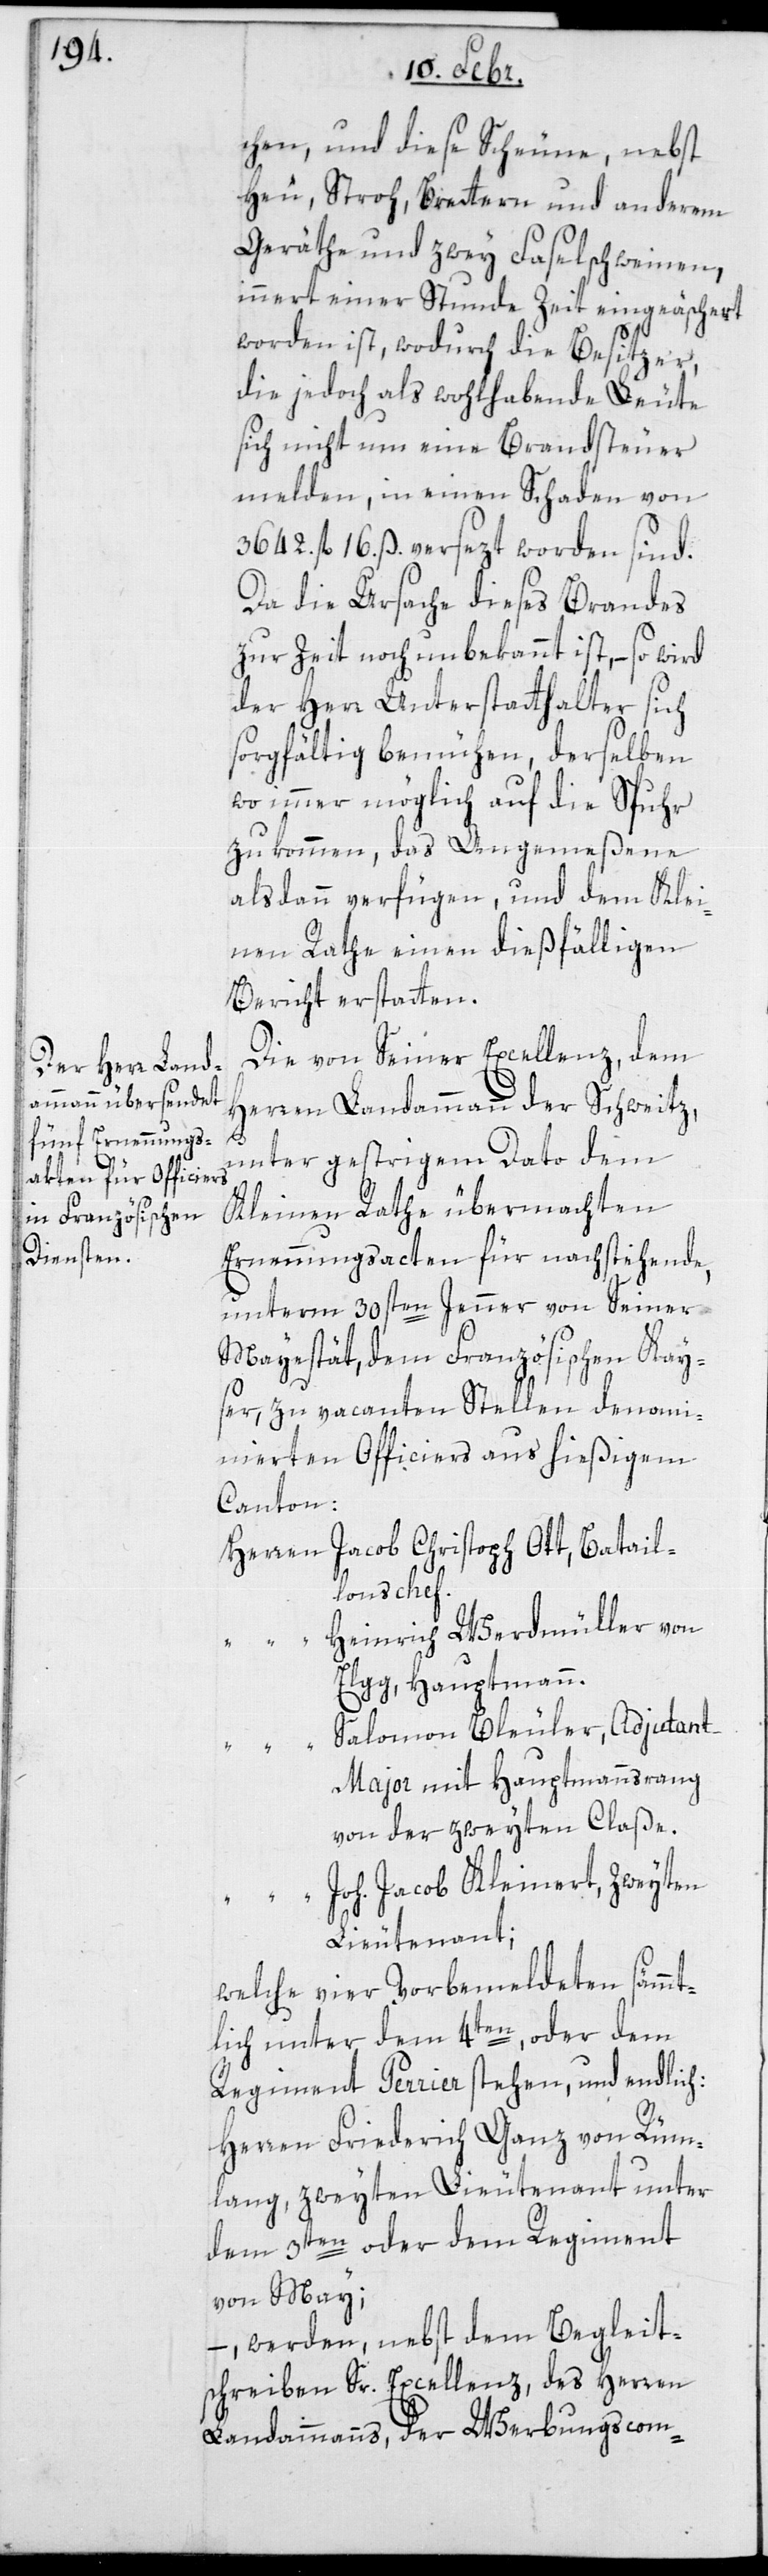
chen, und diese Scheune nebst
Heu, Stroh, Brettern und anderem
Geräthe und zwey Faselschweinen,
innert einer Stunde Zeit eingeäschert
worden ist, wodurch die Besitzer,
die jedoch als wohlhabende Leute
sich nicht um eine Brandsteuer
melden, in einen Schaden von
3642. fl. 16. ß versezt worden sind.
Da die Ursache dieses Brandes
zur Zeit noch unbekannt ist, – so wird
der Herr Unterstatthalter sich
sorgfältig bemühen, derselben
wo immer möglich auf die Spuhr
zu kommen, das Angemeßene
alsdann verfügen und dem Klei¬
nen Rathe einen dießfälligen
Bericht erstatten.
Die von Sr Excellenz dem
Herren Landammann der Schweitz
unter gestrigem Dato dem
kleinen Rathe übermachten
Ernennungsakten für nachstehende,
unterm 30sten Jenner von Seiner
Majestät, dem Französischen Kay¬
ser, zu vacanten Stellen denomi¬
nierten Officiers aus hießigem
Canton:
Herren Jacob Christoph Ott, Batail¬
lonschef.
Heinrich Werdmüller von
Elgg, Hauptmann.
Salomon Bleuler, Adjudan¬
t-Major mit Hauptmannsrang
von der zweyten Claße.
“ Joh. Jacob Kleinert, Zweyten
Lieutenant;
welche vier Vorbemeldeten sämmt¬
lich unter dem 4ten, oder dem
Regiment Perrier stehen, und endlich:
Herren Friedrich Ganz von Rüm¬
lang, zweyten Lieutenant unter
dem 3ten oder dem Regiment
von May;
– werden, nebst dem Begleit¬
schreiben Sr Excellenz, des Herren
Landammanns, der Werbungscom-